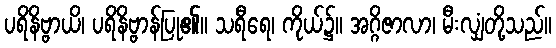
ပရိနိဗ္ဗာယိ၊ ပရိနိဗ္ဗာန်ပြု၏။ သရီရေ၊ ကိုယ်၌။ အဂ္ဂိဇာလာ၊ မီးလျှံတို့သည်။